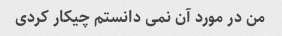
من در مورد آن نمی دانستم چیکار کردی